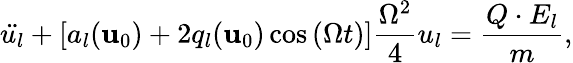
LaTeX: \ddot{u_{l}}+\left[a_{l}(\mathbf{u}_{0})+2q_{l}(\mathbf{u}_{0})\cos\left(\Omega t\right)\right]\frac{\Omega^{2}}{4}u_{l}=\frac{Q\cdot E_{l}}{m},